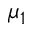
\mu _ { 1 }